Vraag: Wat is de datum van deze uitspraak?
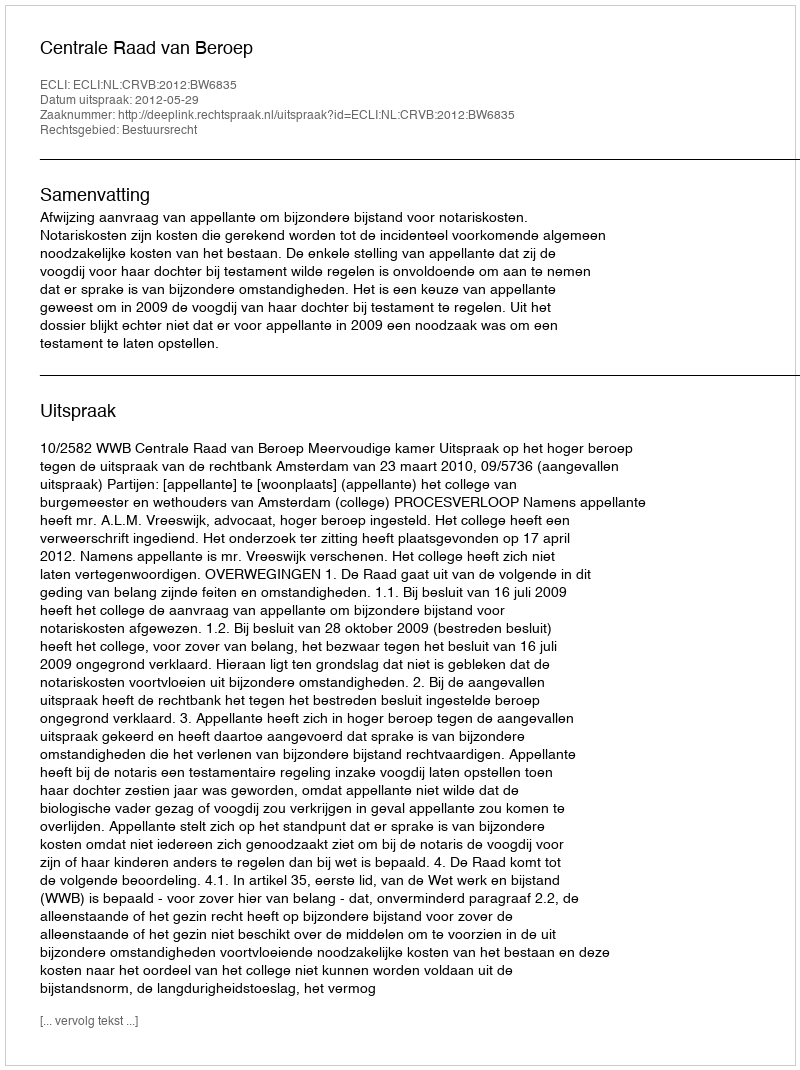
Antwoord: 2012-05-29